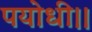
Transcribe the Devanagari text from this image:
पयोधी।।